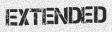
EXTENDED